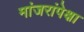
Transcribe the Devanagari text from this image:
मांजरांपेक्षा